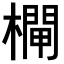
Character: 𣜊